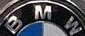
BMW